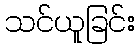
သင်ယူခြင်း